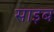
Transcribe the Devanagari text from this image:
साइब